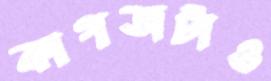
কাগজটাও